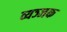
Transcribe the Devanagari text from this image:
व्यञ्जक